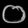
Digit: ၀